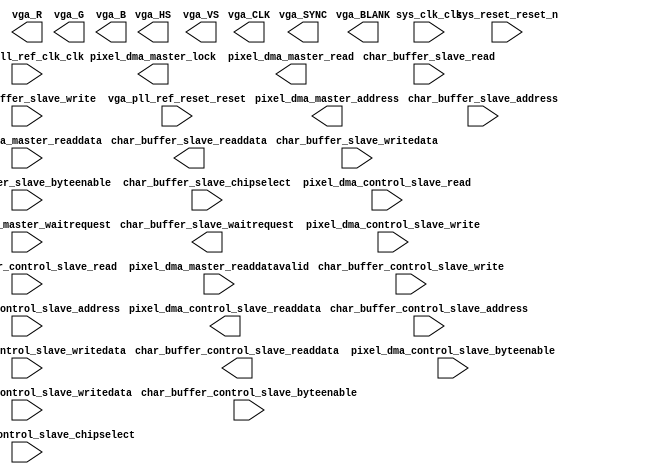

module VGA_Subsystem (
	char_buffer_control_slave_address,
	char_buffer_control_slave_byteenable,
	char_buffer_control_slave_chipselect,
	char_buffer_control_slave_read,
	char_buffer_control_slave_write,
	char_buffer_control_slave_writedata,
	char_buffer_control_slave_readdata,
	char_buffer_slave_byteenable,
	char_buffer_slave_chipselect,
	char_buffer_slave_read,
	char_buffer_slave_write,
	char_buffer_slave_writedata,
	char_buffer_slave_readdata,
	char_buffer_slave_waitrequest,
	char_buffer_slave_address,
	pixel_dma_control_slave_address,
	pixel_dma_control_slave_byteenable,
	pixel_dma_control_slave_read,
	pixel_dma_control_slave_write,
	pixel_dma_control_slave_writedata,
	pixel_dma_control_slave_readdata,
	pixel_dma_master_readdatavalid,
	pixel_dma_master_waitrequest,
	pixel_dma_master_address,
	pixel_dma_master_lock,
	pixel_dma_master_read,
	pixel_dma_master_readdata,
	sys_clk_clk,
	sys_reset_reset_n,
	vga_CLK,
	vga_HS,
	vga_VS,
	vga_BLANK,
	vga_SYNC,
	vga_R,
	vga_G,
	vga_B,
	vga_pll_ref_clk_clk,
	vga_pll_ref_reset_reset);	

	input		char_buffer_control_slave_address;
	input	[3:0]	char_buffer_control_slave_byteenable;
	input		char_buffer_control_slave_chipselect;
	input		char_buffer_control_slave_read;
	input		char_buffer_control_slave_write;
	input	[31:0]	char_buffer_control_slave_writedata;
	output	[31:0]	char_buffer_control_slave_readdata;
	input		char_buffer_slave_byteenable;
	input		char_buffer_slave_chipselect;
	input		char_buffer_slave_read;
	input		char_buffer_slave_write;
	input	[7:0]	char_buffer_slave_writedata;
	output	[7:0]	char_buffer_slave_readdata;
	output		char_buffer_slave_waitrequest;
	input	[12:0]	char_buffer_slave_address;
	input	[1:0]	pixel_dma_control_slave_address;
	input	[3:0]	pixel_dma_control_slave_byteenable;
	input		pixel_dma_control_slave_read;
	input		pixel_dma_control_slave_write;
	input	[31:0]	pixel_dma_control_slave_writedata;
	output	[31:0]	pixel_dma_control_slave_readdata;
	input		pixel_dma_master_readdatavalid;
	input		pixel_dma_master_waitrequest;
	output	[31:0]	pixel_dma_master_address;
	output		pixel_dma_master_lock;
	output		pixel_dma_master_read;
	input	[7:0]	pixel_dma_master_readdata;
	input		sys_clk_clk;
	input		sys_reset_reset_n;
	output		vga_CLK;
	output		vga_HS;
	output		vga_VS;
	output		vga_BLANK;
	output		vga_SYNC;
	output	[7:0]	vga_R;
	output	[7:0]	vga_G;
	output	[7:0]	vga_B;
	input		vga_pll_ref_clk_clk;
	input		vga_pll_ref_reset_reset;
endmodule